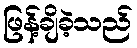
ဖြန့်ချိခဲ့သည်